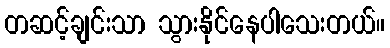
တဆင့်ချင်းသာ သွားနိုင်နေပါသေးတယ်။